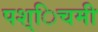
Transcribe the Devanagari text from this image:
पश्िचमी